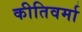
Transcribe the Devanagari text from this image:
कीतिवर्मा